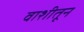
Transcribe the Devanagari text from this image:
वाशीतून